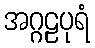
အဂ္ဂဠပုရံ